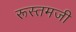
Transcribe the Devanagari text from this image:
रूस्‍तमजी